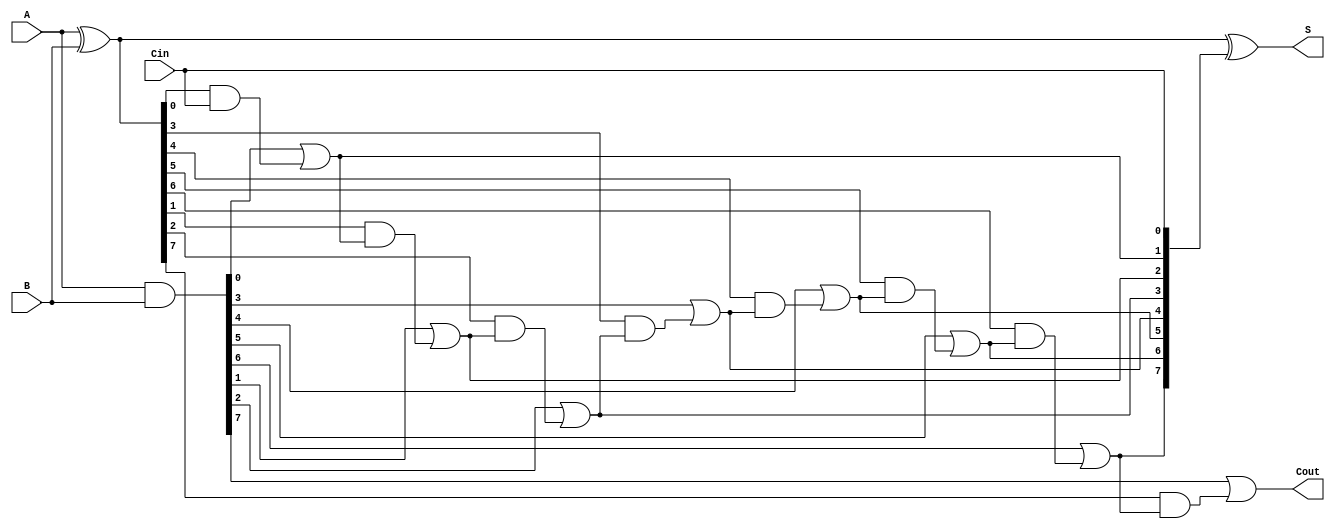
module Parallel_Prefix_Adder #(parameter n = 8) (
    input  [n-1:0] A,      // First operand
    input  [n-1:0] B,      // Second operand
    input          Cin,     // Carry-in
    output [n-1:0] S,      // Sum output
    output         Cout     // Carry-out
);

    wire [n-1:0] P;         // Propagate
    wire [n-1:0] G;         // Generate
    wire [n:0] C;           // Carry signals

    // Generate and Propagate signals
    assign G = A & B;       // Generate: G_i = A_i * B_i
    assign P = A ^ B;       // Propagate: P_i = A_i ^ B_i

    // Carry signals (Kogge-Stone prefix network)
    assign C[0] = Cin;      // Carry-in as the first carry signal

    genvar i;
    generate
        for (i = 0; i < n; i = i + 1) begin : carry_gen
            wire [n:0] carry_level_1;
            if (i == 0) begin
                assign C[i+1] = G[i] | (P[i] & C[i]); // First level carry
            end else if (i < n-1) begin
                assign C[i+1] = G[i] | (P[i] & C[i]); // General case
            end else begin
                assign C[i+1] = G[i] | (P[i] & C[i]); // Last carry
            end
        end
    endgenerate

    // Sum calculation
    assign S = P ^ C[n-1:0];  // S_i = P_i ^ C_i
    assign Cout = C[n];       // Final carry out

endmodule